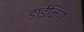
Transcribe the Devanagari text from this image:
डाईनिंग